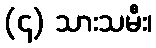
(၄) သားသမီး၊